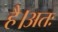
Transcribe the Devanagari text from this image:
है।अतः